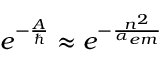
e ^ { - \frac { A } { \hbar } } \approx e ^ { - \frac { n ^ { 2 } } { \alpha _ { e m } } }